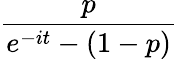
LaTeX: \! \, {\frac{p}{e^{-it}-(1-p)}}